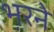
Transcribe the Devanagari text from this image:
भ़रने